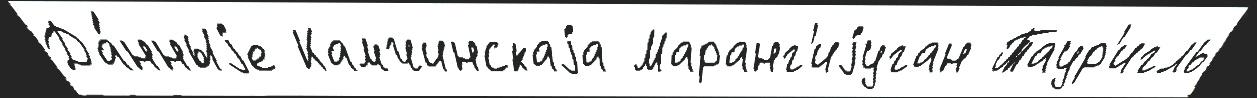
Да́нныjе Камчинскаjа Маранг'иjуган Таур'игль